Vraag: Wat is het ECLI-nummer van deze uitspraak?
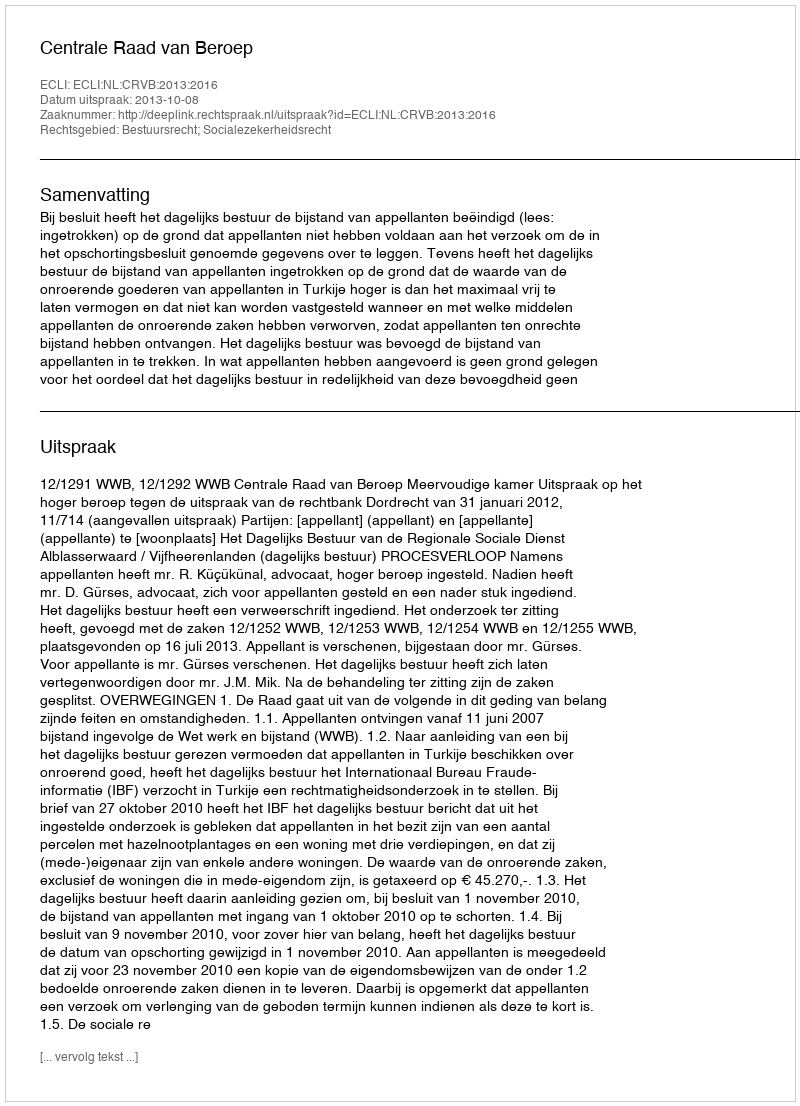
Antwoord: ECLI:NL:CRVB:2013:2016